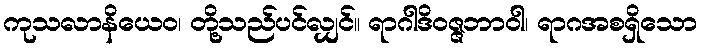
ကုသလာနိယေဝ၊ တို့သည်ပင်လျှင်။ ရာဂါဒိဝဇ္ဇဘာဝါ၊ ရာဂအစရှိသော